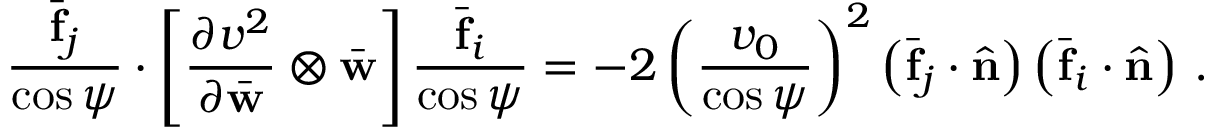
\frac { \bar { \bf f } _ { j } } { \cos \psi } \cdot \left[ \frac { \partial v ^ { 2 } } { \partial \bar { \bf w } } \otimes \bar { \bf w } \right] \frac { \bar { \bf f } _ { i } } { \cos \psi } = - 2 \left( \frac { v _ { 0 } } { \cos \psi } \right) ^ { 2 } \left( \bar { \bf f } _ { j } \cdot \hat { \bf n } \right) \left( \bar { \bf f } _ { i } \cdot \hat { \bf n } \right) \, .